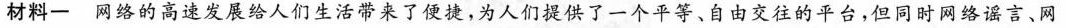
材料-网络的高速发展给人们生活带来了便捷，为人们提供了一个平等、自由交往的平台，但同时网络谣言、网